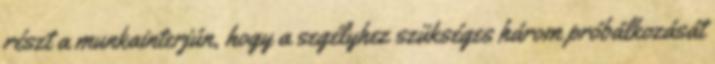
részt a munkainterjún, hogy a segélyhez szükséges három próbálkozását